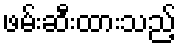
ဖမ်းဆီးထားသည့်